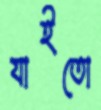
যাইতো